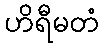
ဟိရီမတံ